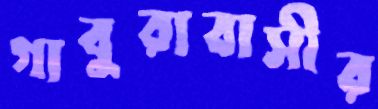
গাবুরাবাসীর